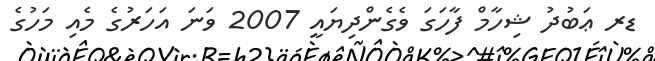
ޑރ ޢަބުދު ޝިހާމް ފާހަގަ ވެގެންދިޔައީ 2007 ވަނަ އަހަރުގެ މެއި މަހުގެ